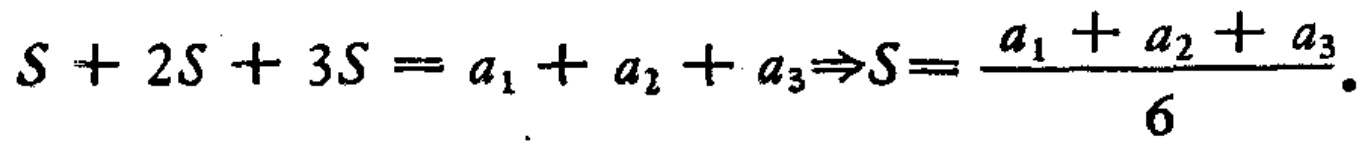
\(S + 2S + 3S = a_{1} + a_{2} + a_{3}\Rightarrow S = \frac{a_{1} + a_{2} + a_{3}}{6}.\)